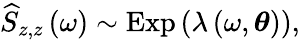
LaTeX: \widehat{S}_{z,z}\left(\omega\right)\sim\mathrm{Exp}\left(\lambda\left(\omega,\boldsymbol{\theta}\right)\right),